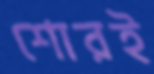
শোরই